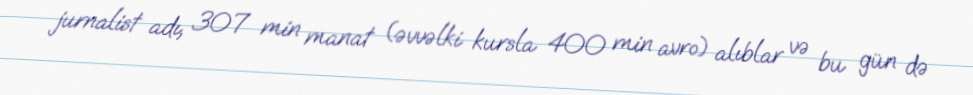
jurnalist adı, 307 min manat (əvvəlki kursla 400 min avro) alıblar və bu gün də